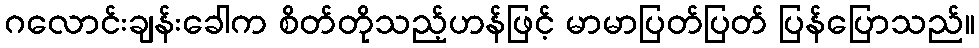
ဂလောင်းချန်းခေါက စိတ်တိုသည့်ဟန်ဖြင့် မာမာပြတ်ပြတ် ပြန်ပြောသည်။